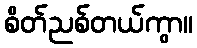
စိတ်ညစ်တယ်ကွာ။